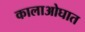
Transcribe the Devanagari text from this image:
कालाओघात